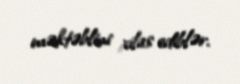
məktəblini xilas ediblər.